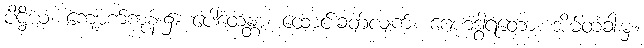
ပိဋ္ဌိယံ၊ ကျောက်ကုန်း၌။ ပေါထေန္တာ၊ ထောင်းခတ်လျက်။ ဂေဟဒွါရတော၊ အိမ်တံခါးမှ။